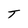
Character: T